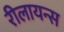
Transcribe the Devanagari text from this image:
रीलायन्स